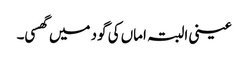
عینی البتہ اماں کی گود میں گھسی۔